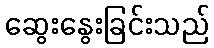
ဆွေးနွေးခြင်းသည်